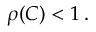
\rho ( C ) < 1 \, .